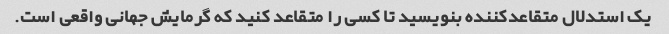
یک استدلال متقاعدکننده بنویسید تا کسی را متقاعد کنید که گرمایش جهانی واقعی است.